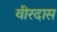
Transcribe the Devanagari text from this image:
वीरदास